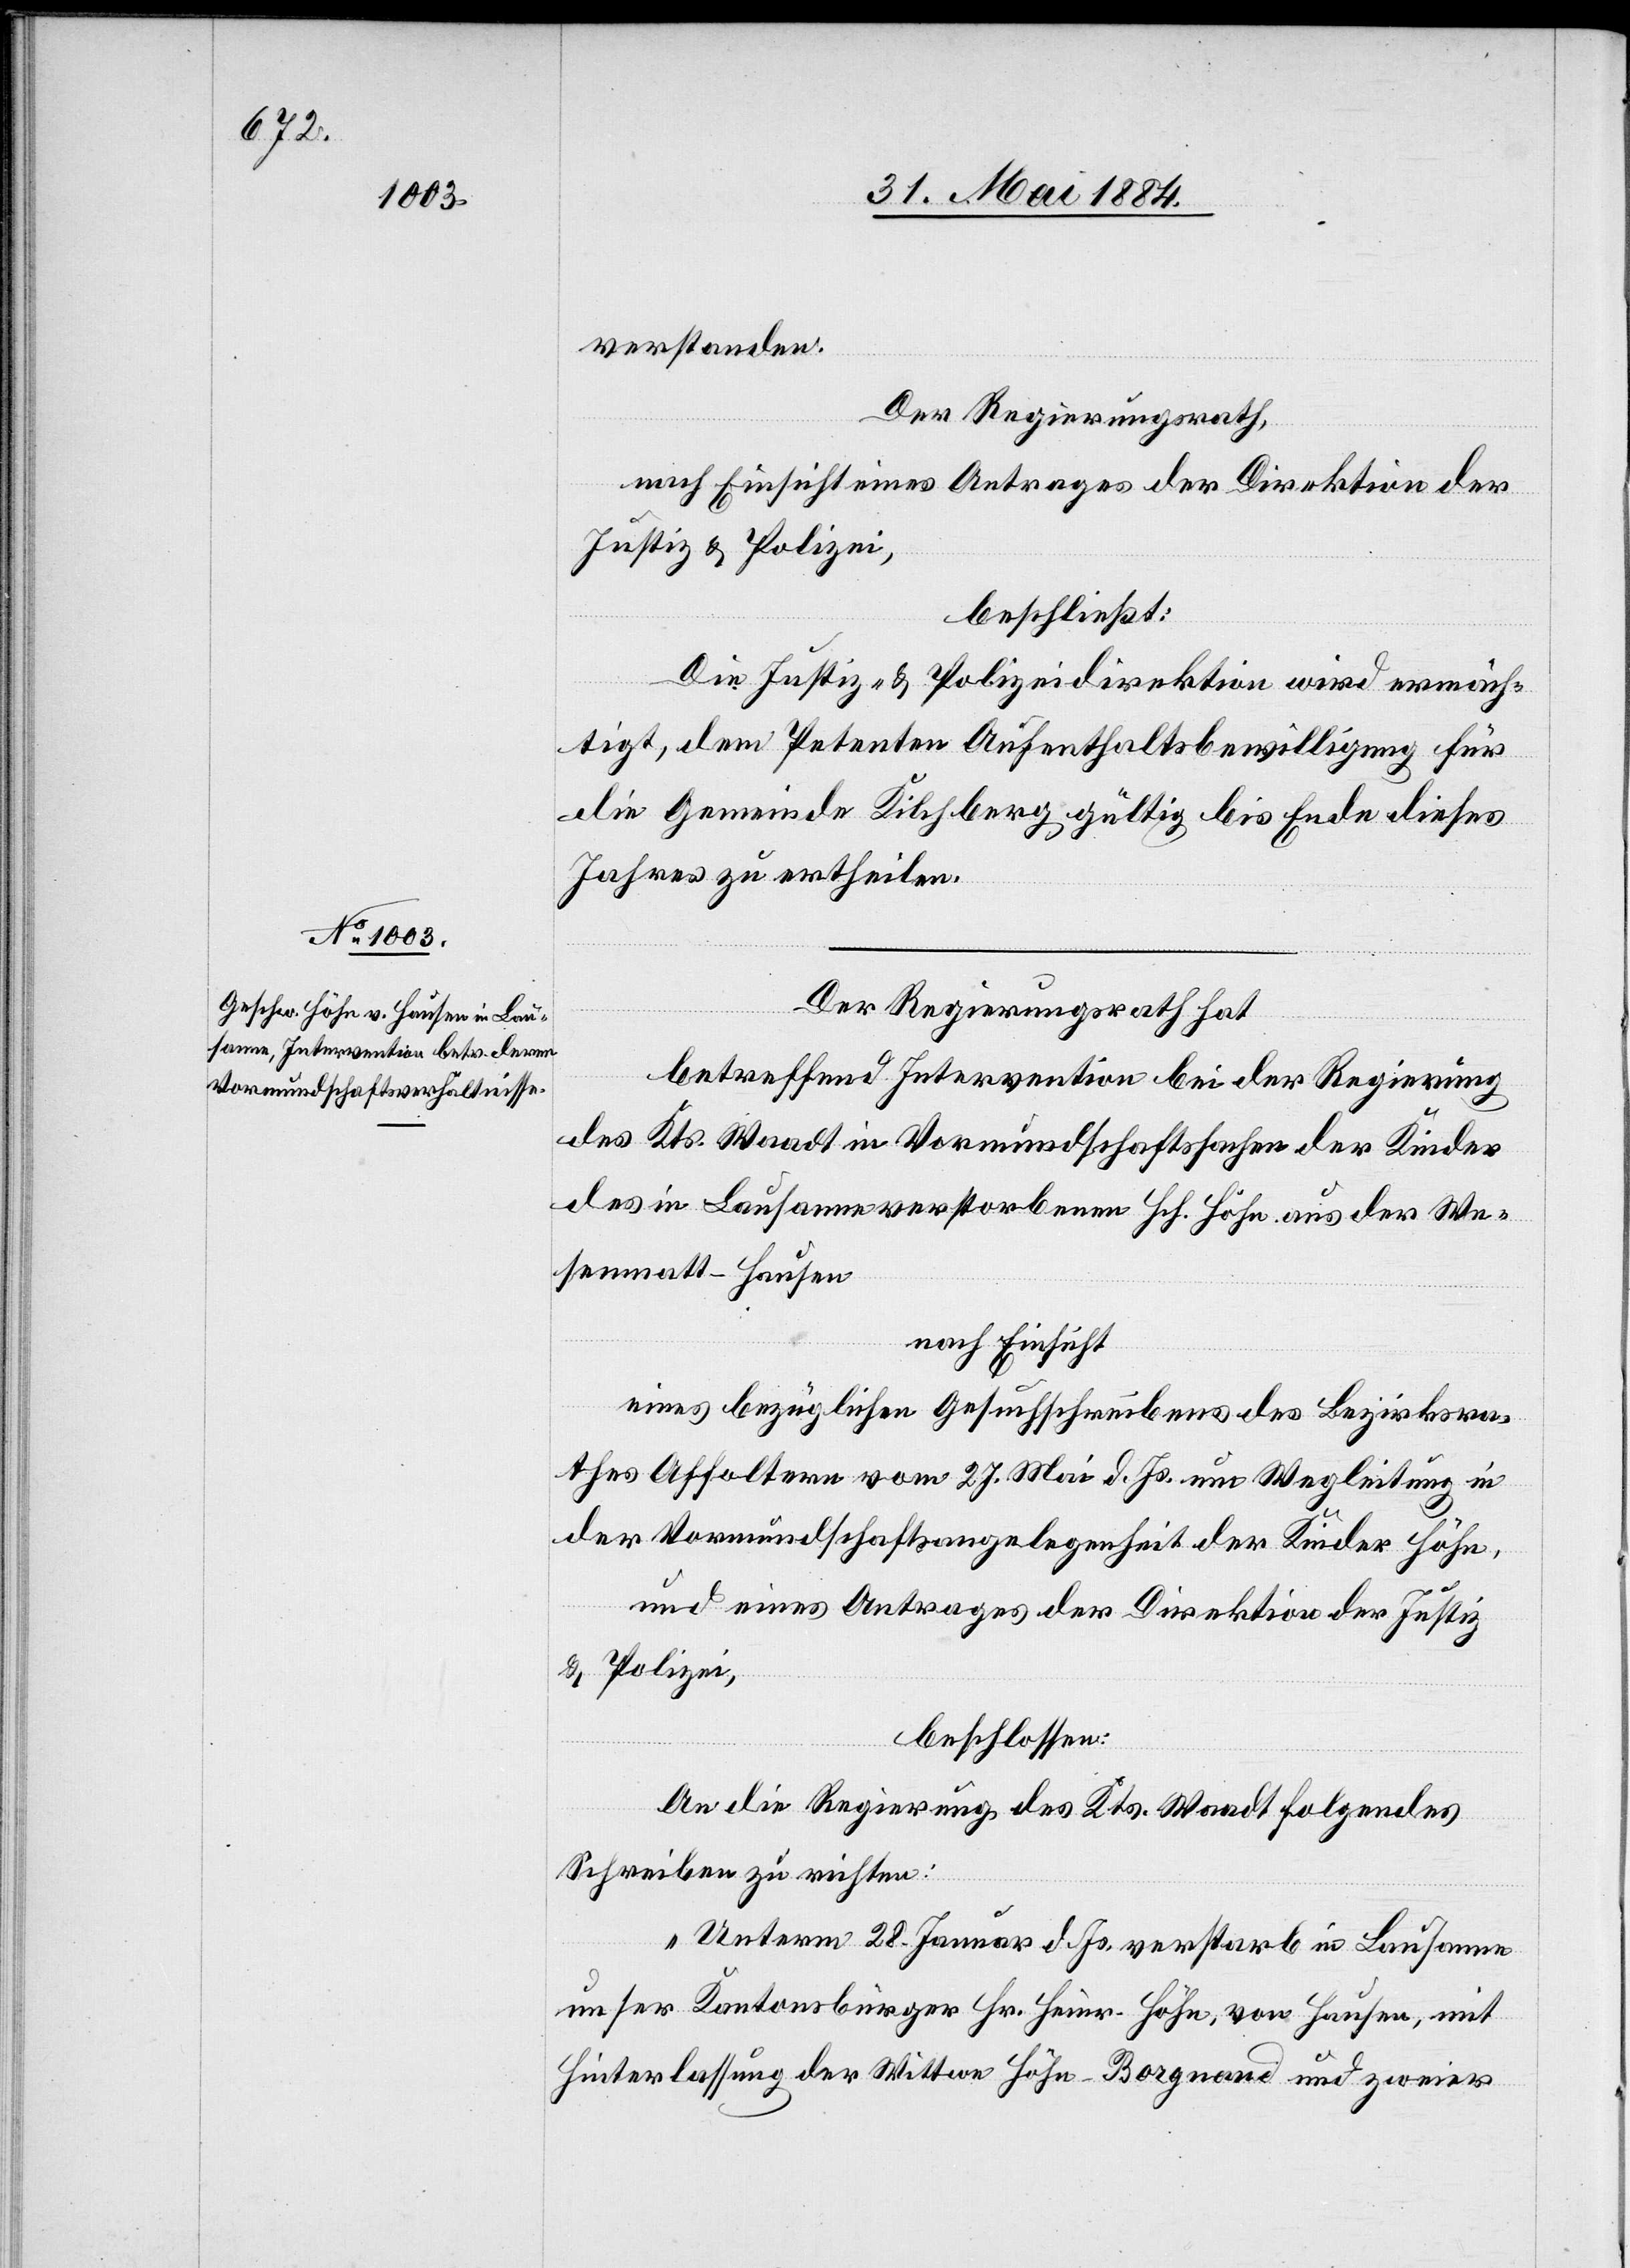
verstanden.
Der Regierungsrath,
nach Einsicht eines Antrages der Direktion der
Justiz- & Polizei,
beschließt:
Die Justiz- & Polizeidirektion wird ermäch¬
tigt, dem Petenten Aufenthaltsbewilligung für
die Gemeinde Kilchsberg gültig bis Ende dieses
Jahres zu ertheilen.
Der Regierungsrath hat,
betreffend Intervention bei der Regierung
des Kts. Waadt in Vormundschaftssache der Kinder
des in Lausanne verstorbenen Hch. Höhn aus der We¬
senmatt - Hausen
nach Einsicht
eines bezüglichen Gesuchschreibens des Bezirksra¬
thes Affoltern vom 27. Mai d. Js. um Wegleitung in
der Vormundschaftsangelegenheit der Kinder Höhn,
und eines Antrages der Direktion der Justiz-
& Polizei,
beschlossen:
An die Regierung des Kts. Waadt folgendes
Schreiben zu richten:
„Unterm 28. Januar d. Js. verstarb in Lausanne
unser Kantonsbürger Hr. Heinr. Höhn, von Hausen, mit
Hinterlassung der Wittwe Höhn-Borgeand und zweier